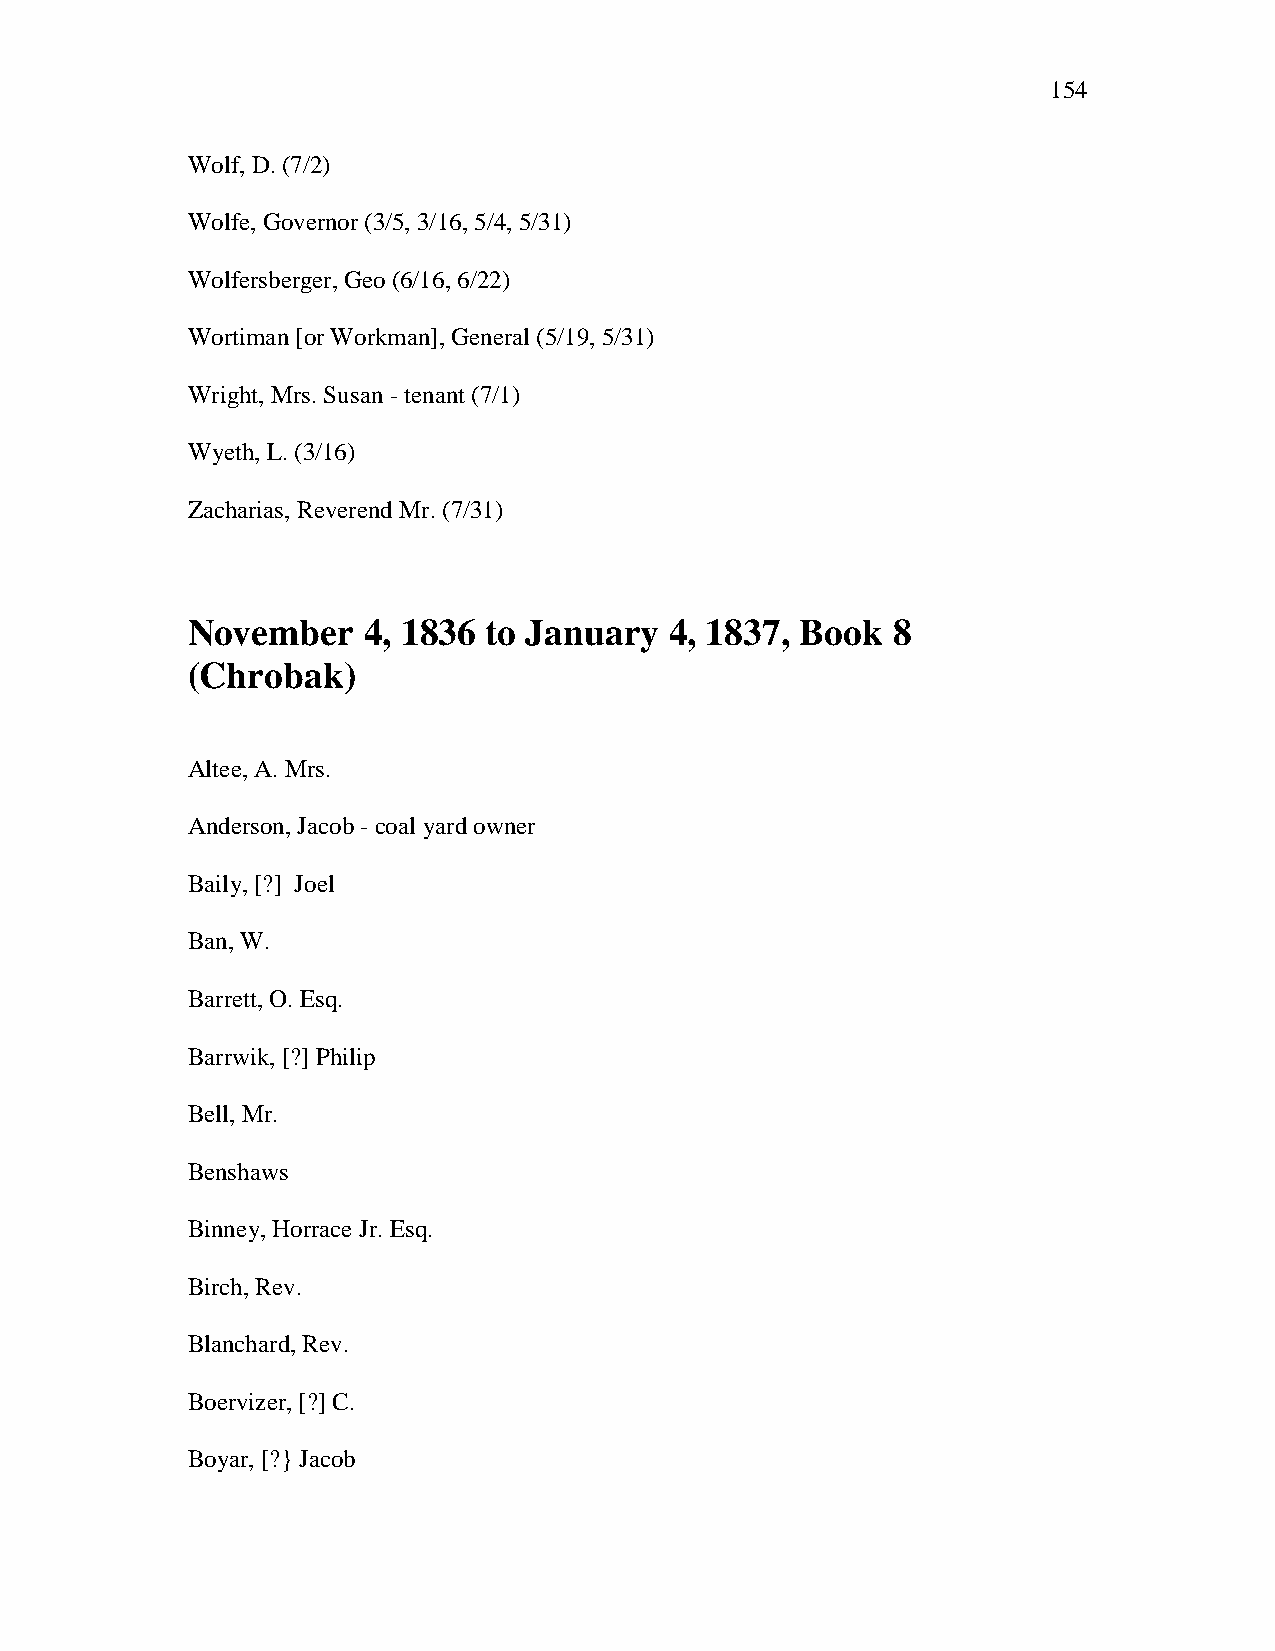
154
 Wolf, D. (7/2)
 Wolfe, Governor (3/5, 3/16, 5/4, 5/31)
 Wolfersberger, Geo (6/16, 6/22)
 Wortiman [or Workman], General (5/19, 5/31)
 Wright, Mrs. Susan - tenant (7/1)
 Wyeth, L. (3/16)
 Zacharias, Reverend Mr. (7/31)
 November    4, 1836 to January  4, 1837, Book  8
 (Chrobak)
 Altee, A. Mrs.
 Anderson, Jacob - coal yard owner
 Baily, [?] Joel
 Ban, W.
 Barrett, O. Esq.
 Barrwik, [?] Philip
 Bell, Mr.
 Benshaws
 Binney, Horrace Jr. Esq.
 Birch, Rev.
 Blanchard, Rev.
 Boervizer, [?] C.
 Boyar, [?} Jacob